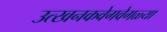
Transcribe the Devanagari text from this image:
उत्खनकवेगवेगळ्या